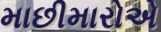
માછીમારોએ